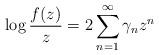
LaTeX: \begin{align*}\log \frac{f(z)}{z}= 2\sum_{n=1}^{\infty} \gamma_n z^n\end{align*}